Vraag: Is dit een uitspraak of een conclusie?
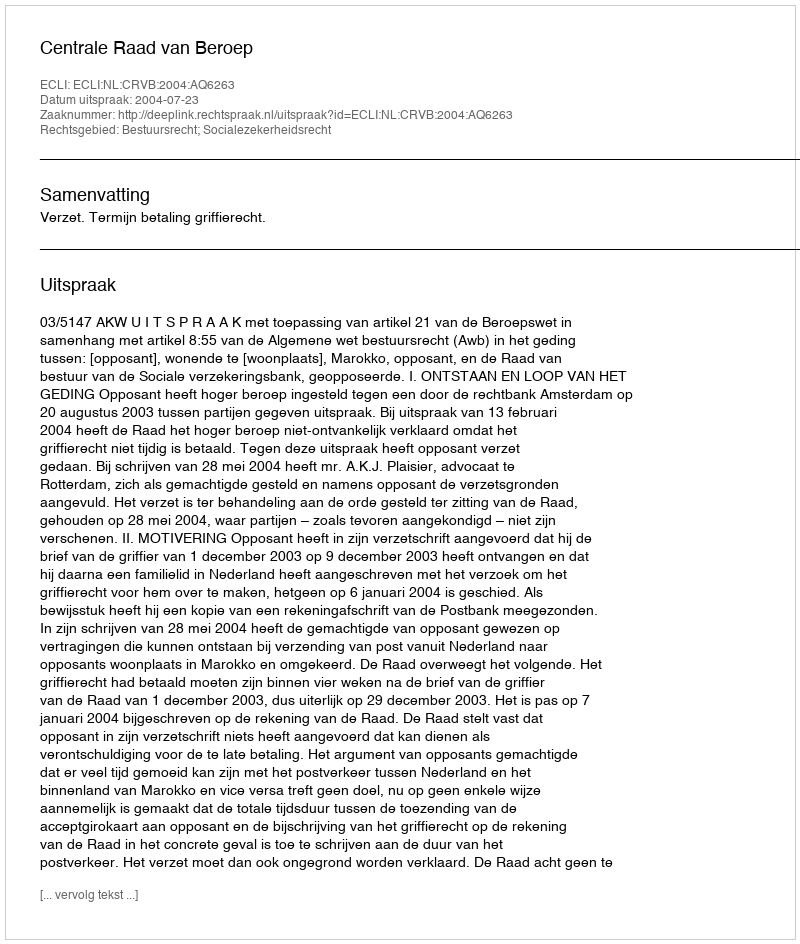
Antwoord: Uitspraak